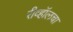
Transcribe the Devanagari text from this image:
रीव्हॉलचा